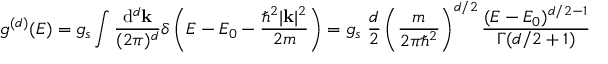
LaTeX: g ^ { ( d ) } ( E ) = g _ { s } \int { \frac { \mathrm { d } ^ { d } \mathbf { k } } { ( 2 \pi ) ^ { d } } } \delta \left( E - E _ { 0 } - { \frac { \hbar ^ { 2 } | \mathbf { k } | ^ { 2 } } { 2 m } } \right) = g _ { s } \ { \frac { d } { 2 } } \left( { \frac { m } { 2 \pi \hbar ^ { 2 } } } \right) ^ { d / 2 } { \frac { ( E - E _ { 0 } ) ^ { d / 2 - 1 } } { \Gamma ( d / 2 + 1 ) } }